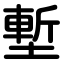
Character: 塹